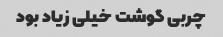
چربی گوشت خیلی زیاد بود